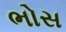
ભોસ